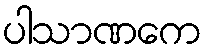
ပါသာဏကေ